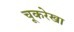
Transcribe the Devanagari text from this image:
चूकरेखा